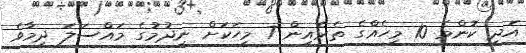
އަދި ކޮންމެ 10 މީހެއްގެ ތެރެއިން 7 މީހަކަށް ނިދުމުގެ މައްސަލަ ދިމާވެ